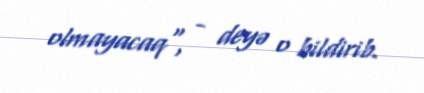
olmayacaq", - deyə o bildirib.